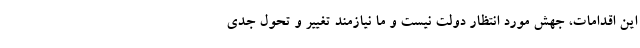
این اقدامات، جهش مورد انتظار دولت نیست و ما نیازمند تغییر و تحول جدی